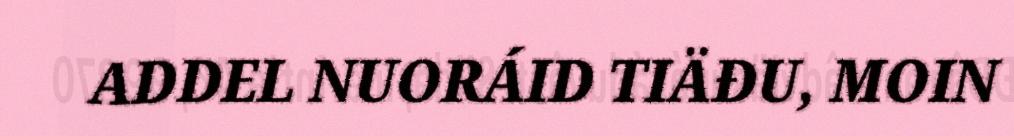
ADDEL NUORÁID TIÄĐU, MOIN